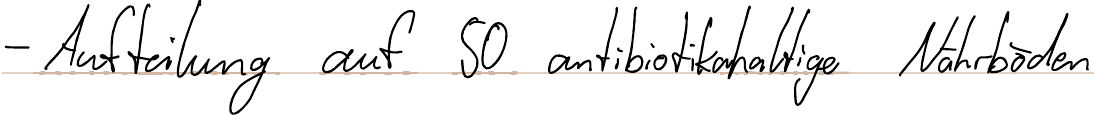
- Aufteilung auf 50 antibiotikahaltige Nährböden